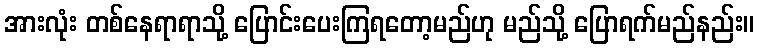
အားလုံး တစ်နေရာရာသို့ ပြောင်းပေးကြရတော့မည်ဟု မည်သို့ ပြောရက်မည်နည်း။